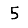
Digit: 5